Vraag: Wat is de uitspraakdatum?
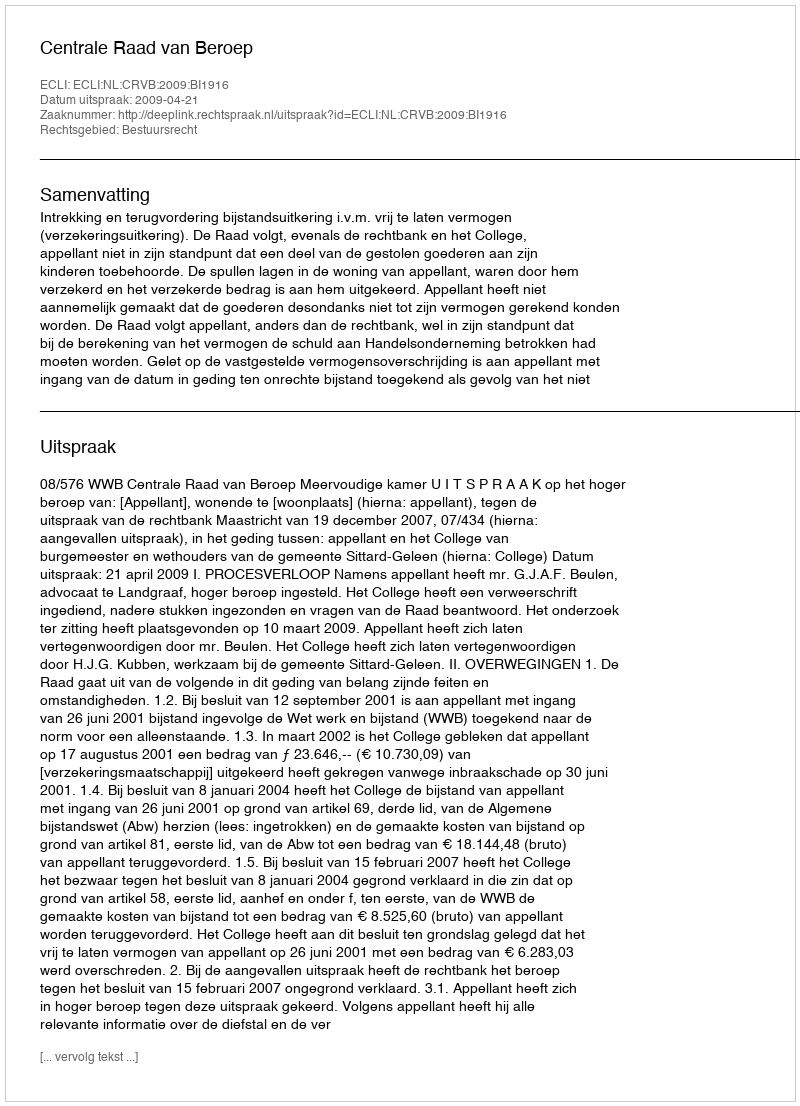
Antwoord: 2009-04-21